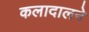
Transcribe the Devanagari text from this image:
कलादालने